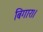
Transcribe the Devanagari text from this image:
बिगार।।